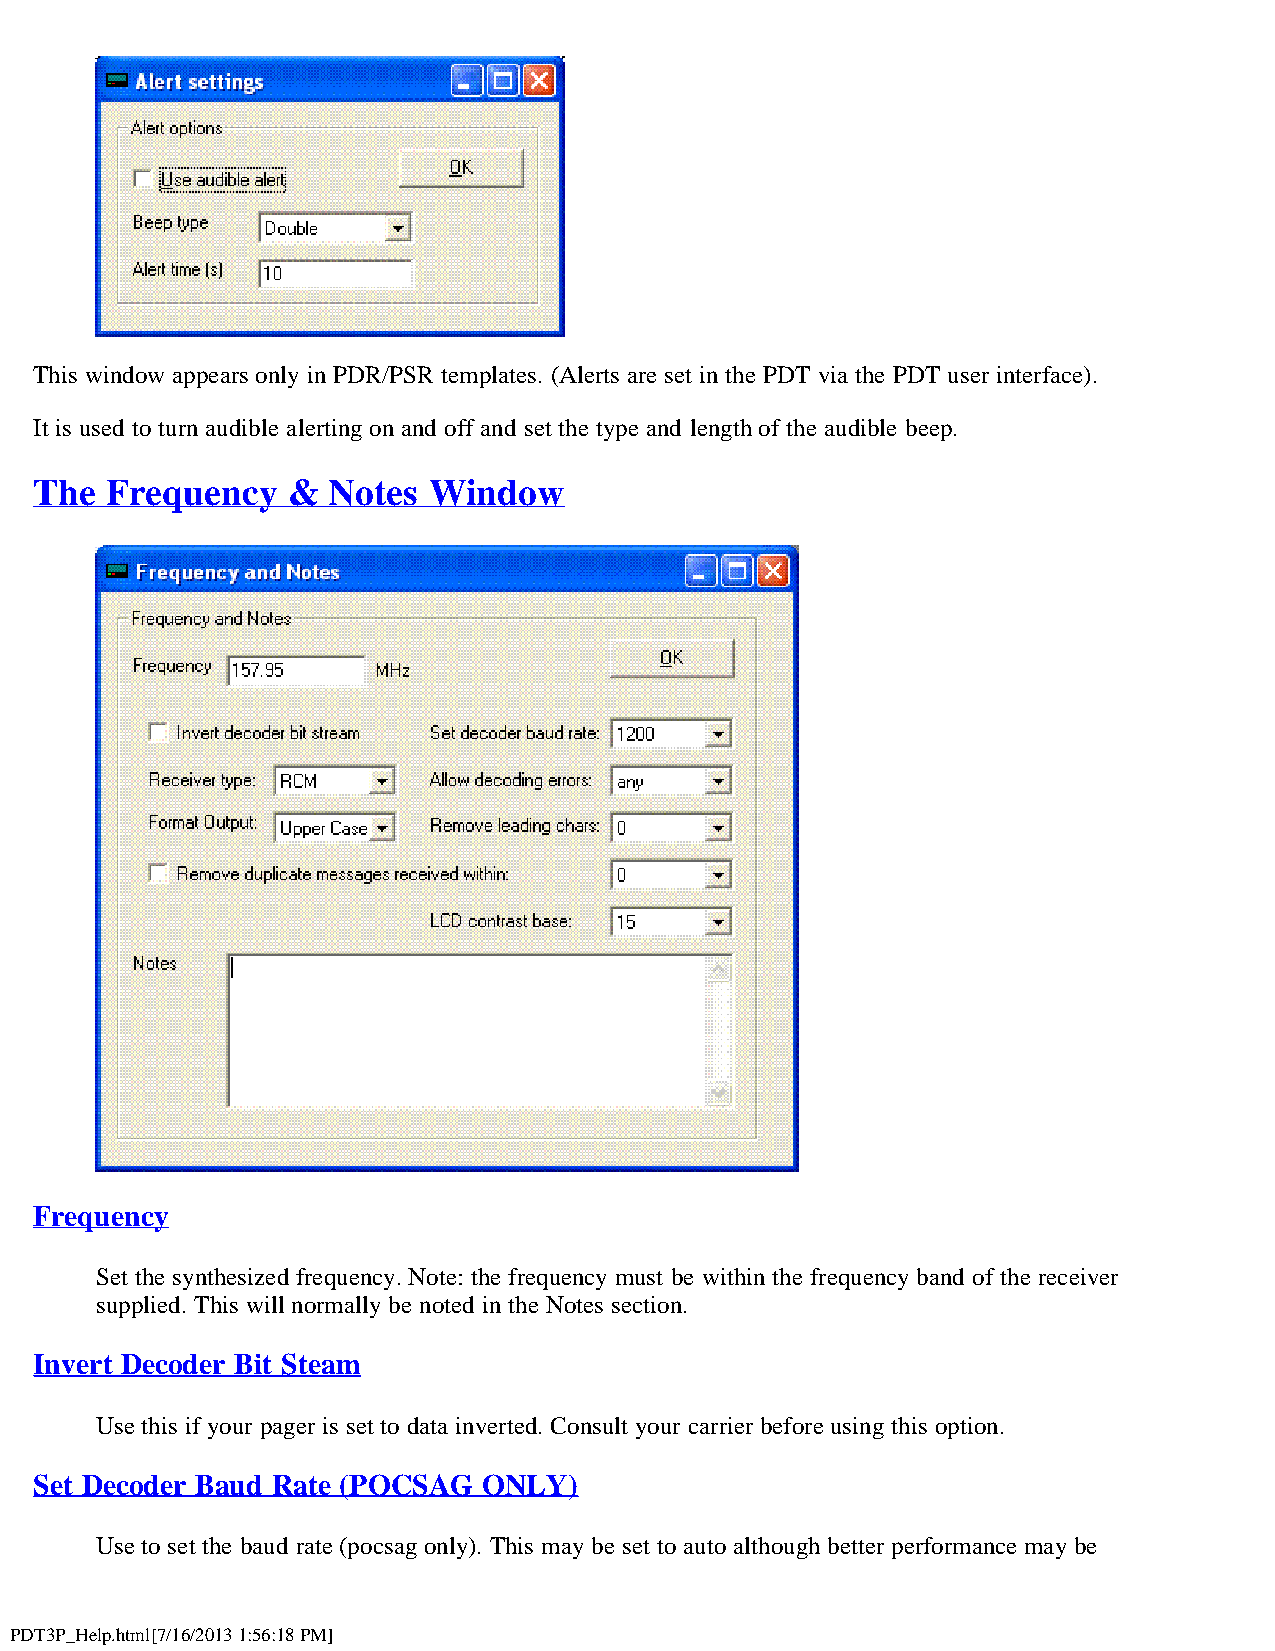
This window appears only in PDR/PSR templates. (Alerts are set in the PDT via the PDT user interface).
 It is used to turn audible alerting on and off and set the type and length of the audible beep.
 The  Frequency   &  Notes Window
 Frequency
 Set the synthesized frequency. Note: the frequency must be within the frequency band of the receiver
 supplied. This will normally be noted in the Notes section.
 Invert Decoder Bit Steam
 Use this if your pager is set to data inverted. Consult your carrier before using this option.
 Set Decoder Baud Rate (POCSAG ONLY)
 Use to set the baud rate (pocsag only). This may be set to auto although better performance may be
 PDT3P_Help.html[7/16/2013 1:56:18 PM]